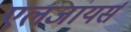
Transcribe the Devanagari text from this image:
एलजायर्स